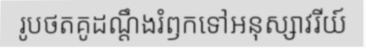
រូបថតគូដណ្តឹងរំឭកទៅអនុស្សាវរីយ៍